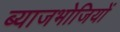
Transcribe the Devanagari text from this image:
ब्याजभोजियों